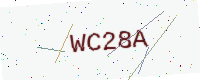
Text: WC28A